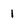
Character: 1